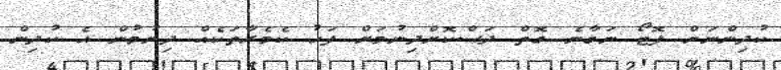
ކުދިންނަށް ފޮޓޯ ނަގާނެ ގޮތް ދަސްކޮށްދިނުމަށް ފަހު ކެމެރާތަކެއް ދިނުމުން އެ ކުދިން